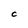
Character: C